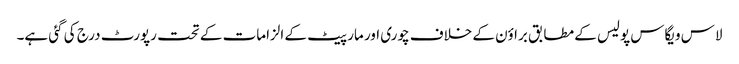
لاس ویگاس پولیس کے مطابق براؤن کے خلاف چوری اور مار پیٹ کے الزامات کے تحت رپورٹ درج کی گئی ہے۔